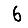
Digit: 6